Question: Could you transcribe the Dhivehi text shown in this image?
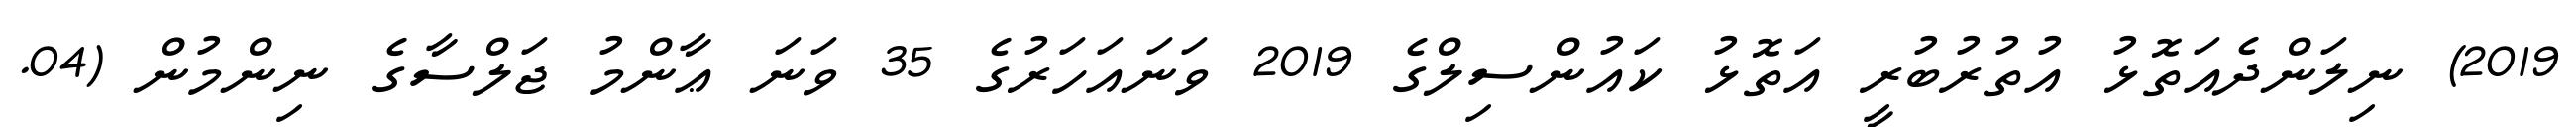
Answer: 2019) ނިލަންދެއަތޮޅު އުތުރުބުރީ އަތޮޅު ކައުންސިލްގެ 2019 ވަނައަހަރުގެ 35 ވަނަ ޢާންމު ޖަލްސާގެ ނިންމުން (04.